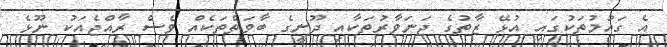
އެ ގައުމުތަކުގައި އުޅޭ ޒާތުގެ ޖަނަވާރުތަކާއި ދޫނީގެ ބާވަތްތަކެއް ވެސް ރާއްޖެއަކު ނޫޅެ